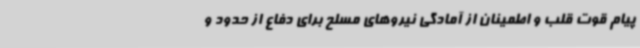
پیام قوت قلب و اطمینان از آمادگی نیروهای مسلح برای دفاع از حدود و